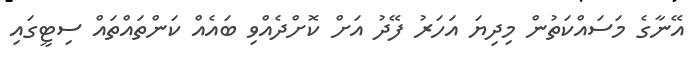
އޭނާގެ މަސައްކަތުން މިދިޔަ އަހަރު ފޭދު އަށް ކޮށްދެއްވި ބައެއް ކަންތައްތައް ސިޓީގައި